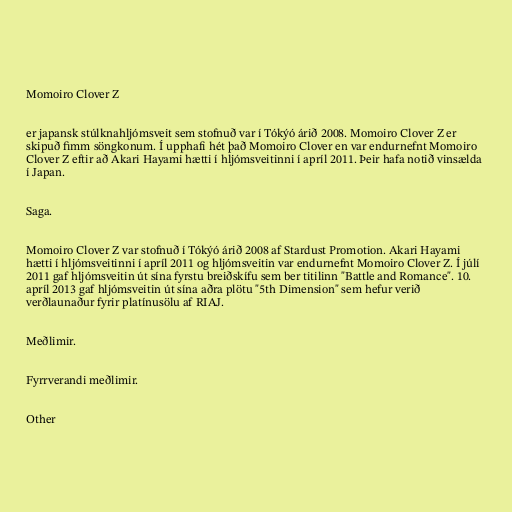
Momoiro Clover Z

er japansk stúlknahljómsveit sem stofnuð var í Tókýó árið 2008. Momoiro Clover Z er
skipuð fimm söngkonum. Í upphafi hét það Momoiro Clover en var endurnefnt Momoiro
Clover Z eftir að Akari Hayami hætti í hljómsveitinni í apríl 2011. Þeir hafa notið vinsælda
í Japan.

Saga.

Momoiro Clover Z var stofnuð í Tókýó árið 2008 af Stardust Promotion. Akari Hayami
hætti í hljómsveitinni í apríl 2011 og hljómsveitin var endurnefnt Momoiro Clover Z. Í júlí
2011 gaf hljómsveitin út sína fyrstu breiðskífu sem ber titilinn "Battle and Romance". 10.
apríl 2013 gaf hljómsveitin út sína aðra plötu "5th Dimension" sem hefur verið
verðlaunaður fyrir platínusölu af RIAJ.

Meðlimir.

Fyrrverandi meðlimir.

Other